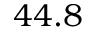
4 4 . 8